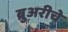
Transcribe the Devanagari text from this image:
ब्रुअरीचे